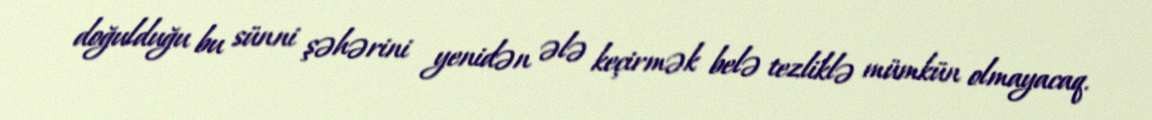
doğulduğu bu sünni şəhərini yenidən ələ keçirmək belə tezliklə mümkün olmayacaq.